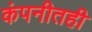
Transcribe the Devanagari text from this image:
कंपनीतही